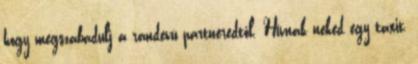
hogy megszabadulj a randevú partneredtől. Hívnak neked egy taxit,